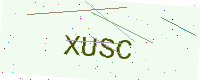
Text: XUSC